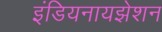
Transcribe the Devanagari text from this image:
इंडियनायझेशन